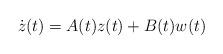
LaTeX: \begin{align*} \dot{z}(t) = A(t)z(t) + B(t)w(t)\end{align*}